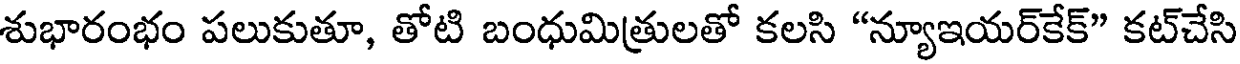
శుభారంభం పలుకుతూ, తోటి బంధుమిత్రులతో కలసి "న్యూఇయర్కేక్" కట్చేసి